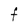
Character: F